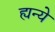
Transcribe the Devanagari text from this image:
ह्यन्ये